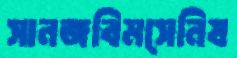
সানজবিমসেনিষ